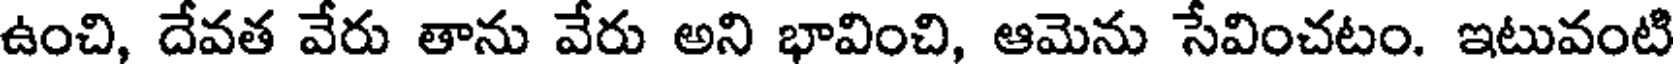
ఉంచి, దేవత వేరు తాను వేరు అని భావించి, ఆమెను సేవించటం. ఇటువంటి